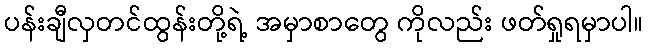
ပန်းချီလှတင်ထွန်းတို့ရဲ့ အမှာစာတွေ ကိုလည်း ဖတ်ရှုရမှာပါ။